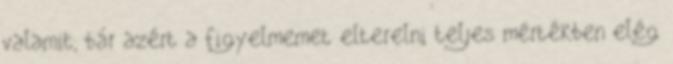
valamit, bár azért a figyelmemet elterelni teljes mértékben elég